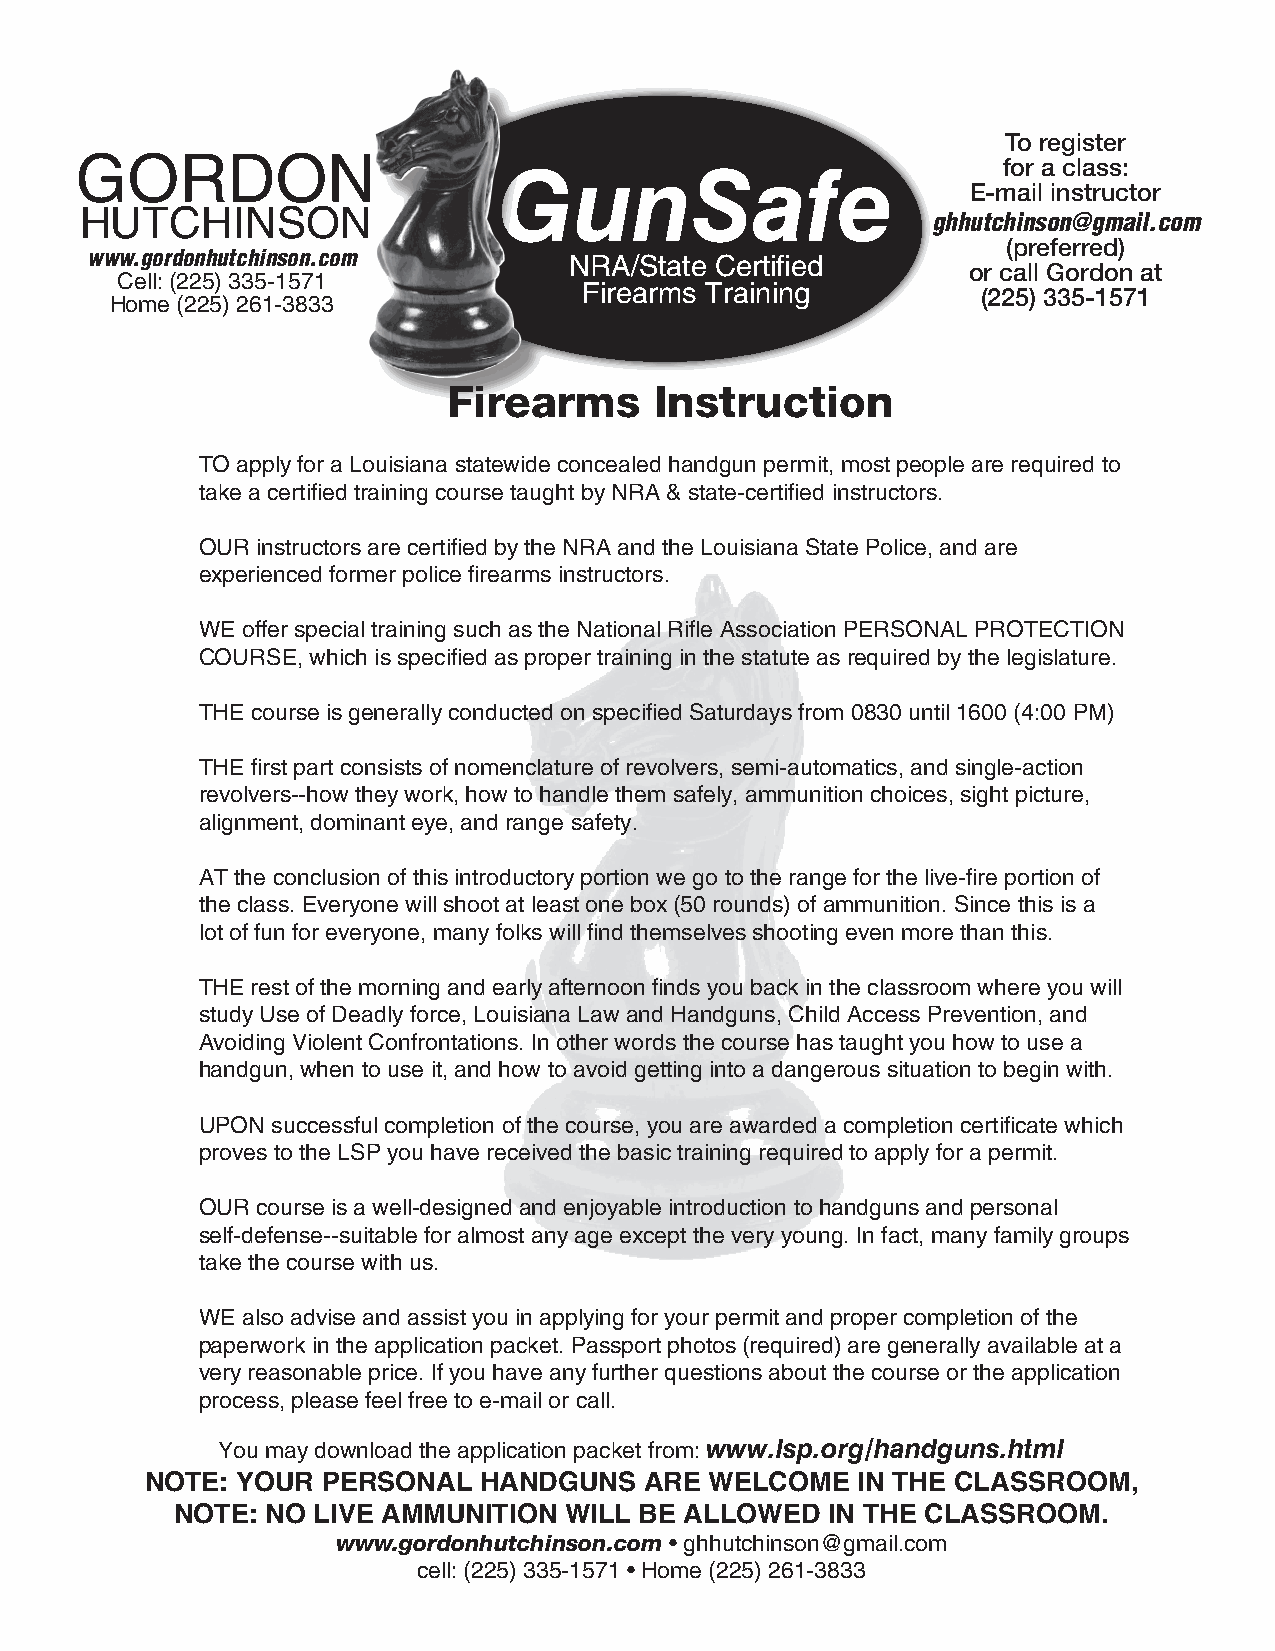
To register
 GORDON
 for a class:
 GunSafe
 E-mail instructor
 HUTCHINSON
 ghhutchinson@gmail.com
 (preferred)
 www.gordonhutchinson.com        NRA/State Certified
 or call Gordon at
 Cell: (225) 335-1571
 Firearms Training         (225) 335-1571
 Home (225) 261-3833
 Firearms     Instruction
 TO apply for a Louisiana statewide concealed handgun permit, most people are required to
 take a certified training course taught by NRA & state-certified instructors.
 OUR instructors are certified by the NRA and the Louisiana State Police, and are
 experienced former police firearms instructors.
 WE offer special training such as the National Rifle Association PERSONAL PROTECTION
 COURSE, which is specified as proper training in the statute as required by the legislature.
 THE course is generally conducted on specified Saturdays from 0830 until 1600 (4:00 PM)
 THE first part consists of nomenclature of revolvers, semi-automatics, and single-action
 revolvers--how they work, how to handle them safely, ammunition choices, sight picture,
 alignment, dominant eye, and range safety.
 AT the conclusion of this introductory portion we go to the range for the live-fire portion of
 the class. Everyone will shoot at least one box (50 rounds) of ammunition. Since this is a
 lot of fun for everyone, many folks will find themselves shooting even more than this.
 THE rest of the morning and early afternoon finds you back in the classroom where you will
 study Use of Deadly force, Louisiana Law and Handguns, Child Access Prevention, and
 Avoiding Violent Confrontations. In other words the course has taught you how to use a
 handgun, when to use it, and how to avoid getting into a dangerous situation to begin with.
 UPON successful completion of the course, you are awarded a completion certificate which
 proves to the LSP you have received the basic training required to apply for a permit.
 OUR course is a well-designed and enjoyable introduction to handguns and personal
 self-defense--suitable for almost any age except the very young. In fact, many family groups
 take the course with us.
 WE also advise and assist you in applying for your permit and proper completion of the
 paperwork in the application packet. Passport photos (required) are generally available at a
 very reasonable price. If you have any further questions about the course or the application
 process, please feel free to e-mail or call.
 You may download the application packet from: www.lsp.org/handguns.html
 NOTE: YOUR PERSONAL   HANDGUNS   ARE WELCOME   IN THE CLASSROOM,
 NOTE: NO LIVE AMMUNITION WILL BE ALLOWED   IN THE CLASSROOM.
 www.gordonhutchinson.com • ghhutchinson@gmail.com
 cell: (225) 335-1571 • Home (225) 261-3833